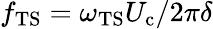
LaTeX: f_{\mathrm{TS}}={\omega_{\mathrm{TS}}}{U_{\mathrm{c}}}/{2\pi}{\delta}